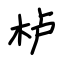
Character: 栌